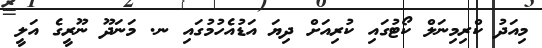
މިއަދު ކްރިމިނަލް ކޯޓުގައި ކުރިއަށް ދިޔަ އަޑުއެހުމުގައި ނ. މަނަދޫ ނޫރީގެ އަލީ